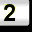
Digit: 2